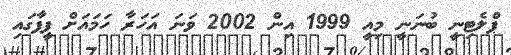
ޕްލެޓިނީ ބުނަނީ މިއީ 1999 އިން 2002 ވަނަ އަހަރާ ހަމައަށް ފީފާގައި